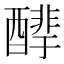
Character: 𰼒